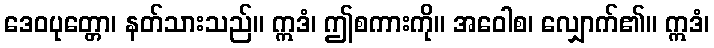
ဒေဝပုတ္တော၊ နတ်သားသည်။ ဣဒံ၊ ဤစကားကို။ အဝေါစ၊ လျှောက်၏။ ဣဒံ၊